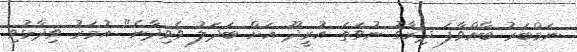
ނަމްބަރު ބާއްވާފަ ދިރާގު ނުވަތަ އުރީދޫ އަށް ބަދަލު ވެވިދާނެ" އުމަރު ވިދާޅުވި